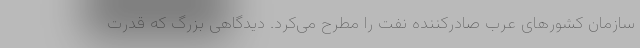
سازمان کشورهای عرب صادرکننده نفت را مطرح می‌کرد. دیدگاهی بزرگ که قدرت